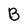
Character: B